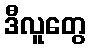
ဒီလူတွေ